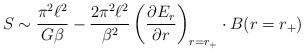
\begin{align*}S\sim \frac{\pi^2\ell^2}{G\beta}-\frac{2\pi^2\ell^2}{\beta^2}\left(\frac{\partial E_r}{\partial r}\right)_{r=r_+}\cdot B(r=r_+)\end{align*}